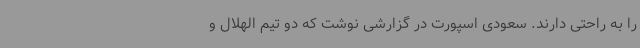
را به راحتی دارند. سعودی اسپورت در گزارشی نوشت که دو تیم الهلال و